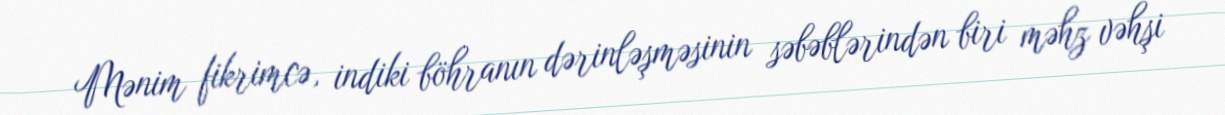
Mənim fikrimcə, indiki böhranın dərinləşməsinin səbəblərindən biri məhz vəhşi